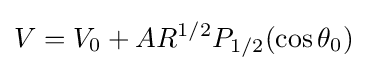
V=V_{0}+AR^{1/2}P_{1/2}(\cos \theta _{0})